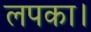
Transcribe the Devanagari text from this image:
लपका।